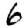
Digit: 6